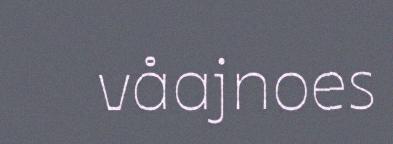
våajnoes